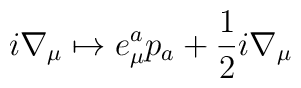
i\nabla_\mu \mapsto e^a_\mu p_a+\frac{1}{2}i\nabla_\mu